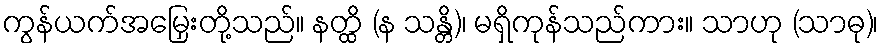
ကွန်ယက်အမြှေးတို့သည်။ နတ္ထိ (န သန္တိ)၊ မရှိကုန်သည်ကား။ သာဟု (သာဓု)၊